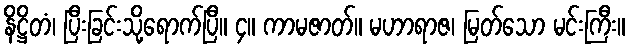
နိဋ္ဌိတံ၊ ပြီးခြင်းသို့ရောက်ပြီ။ ၄။ ကာမဇာတ်။ မဟာရာဇ၊ မြတ်သော မင်းကြီး။